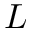
\boldsymbol { L }